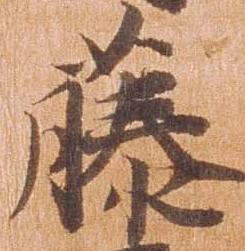
藤